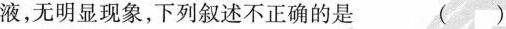
液，无明显现象，下列叙述不正确的是 ( )